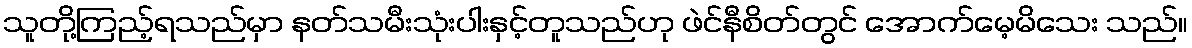
သူတို့ကြည့်ရသည်မှာ နတ်သမီးသုံးပါးနှင့်တူသည်ဟု ဖဲင်နီစိတ်တွင် အောက်မေ့မိသေး သည်။